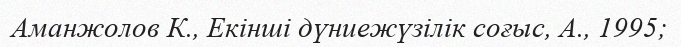
Аманжолов К., Екінші дүниежүзілік соғыс, А., 1995;